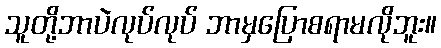
သူတို့ဘာပဲလုပ်လုပ် ဘာမှပြောစရာမလိုဘူး။